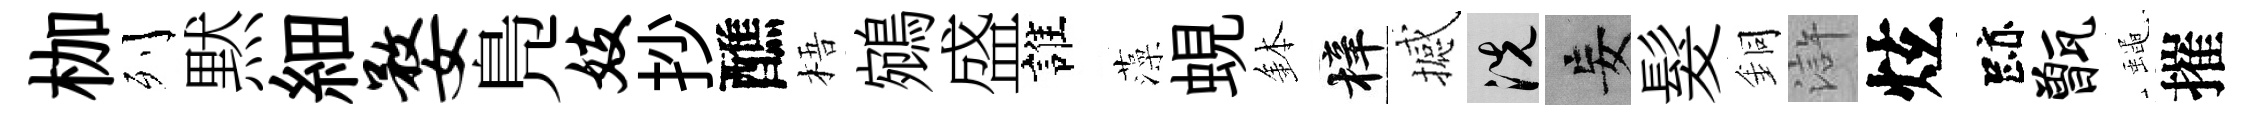
枷列黙細婺鳬妓抄醮梧鵷盛誰藻蜆鉢梓撼洗妄髮銅滸炫跡甑蠅摧